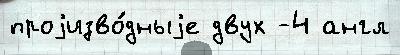
проjизво́дныjе двух -4 англ